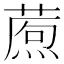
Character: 𤎗